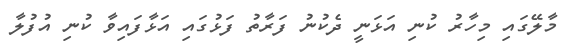
މާލޭގައި މިހާރު ކުނި އަޅަނީ ދެކުނު ފަރާތު ފަޅުގައި އަޅާފައިވާ ކުނި އުފުލާ